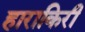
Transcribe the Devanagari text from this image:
हाराकिरी